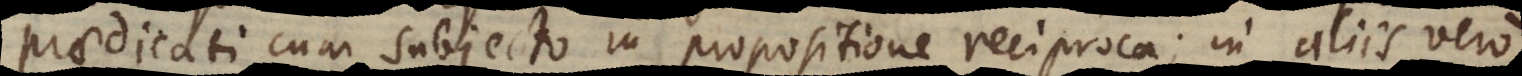
praedicati cum subjecto in propositione reciproca; in aliis vero